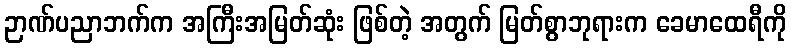
ဉာဏ်ပညာဘက်က အကြီးအမြတ်ဆုံး ဖြစ်တဲ့ အတွက် မြတ်စွာဘုရားက ခေမာထေရီကို